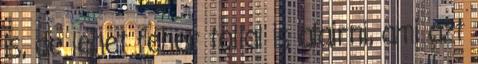
is, de lehet feher tollal is alairni, ami azt